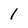
Character: 1